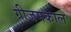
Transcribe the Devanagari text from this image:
ग्रीजमकाल